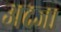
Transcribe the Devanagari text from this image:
अदजा